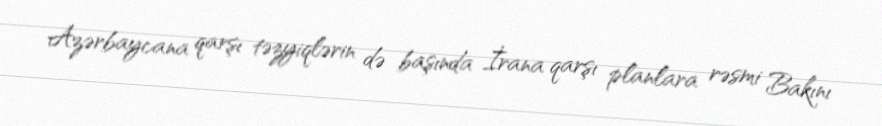
Azərbaycana qarşı təzyiqlərin də başında İrana qarşı planlara rəsmi Bakını